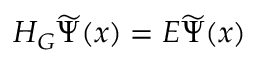
H _ { G } \widetilde { \Psi } ( x ) = E \widetilde { \Psi } ( x )